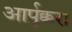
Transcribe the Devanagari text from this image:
आर्पुक्करा